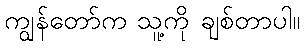
ကျွန်တော်က သူ့ကို ချစ်တာပါ။